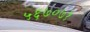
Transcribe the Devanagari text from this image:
५६७०७१